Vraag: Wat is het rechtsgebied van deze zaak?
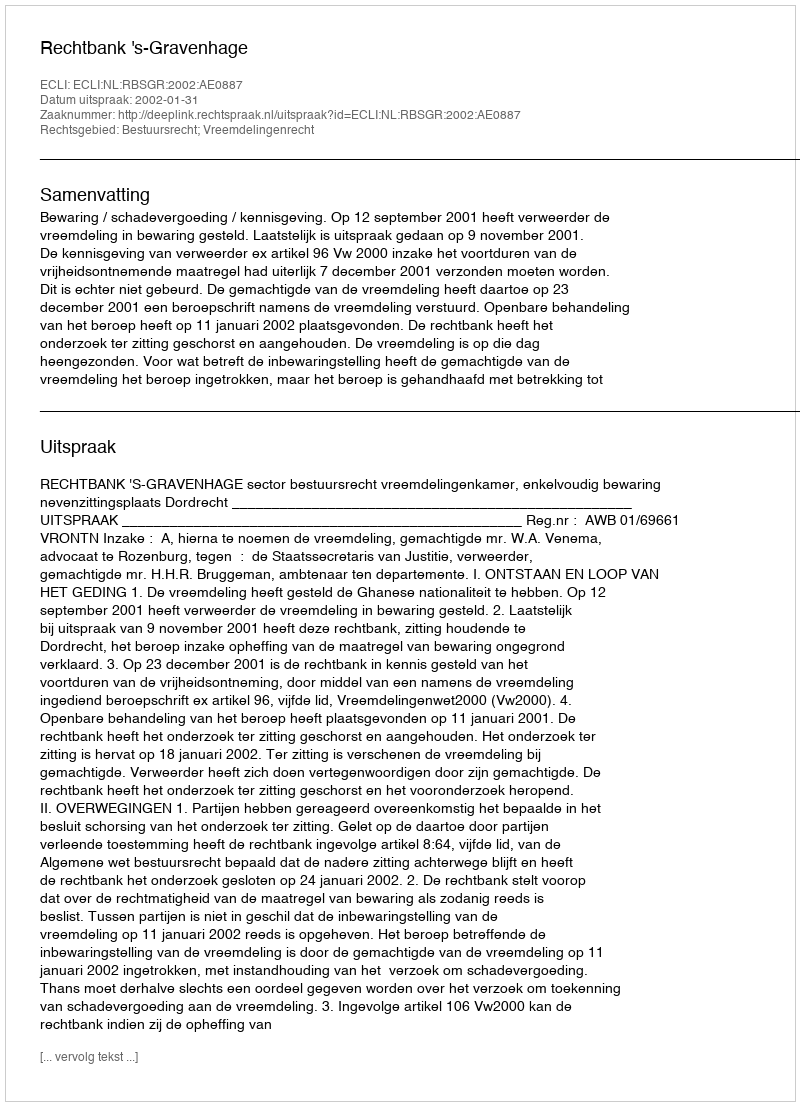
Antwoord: Bestuursrecht; Vreemdelingenrecht